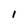
Character: I